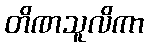
တိဏသူလိကာ